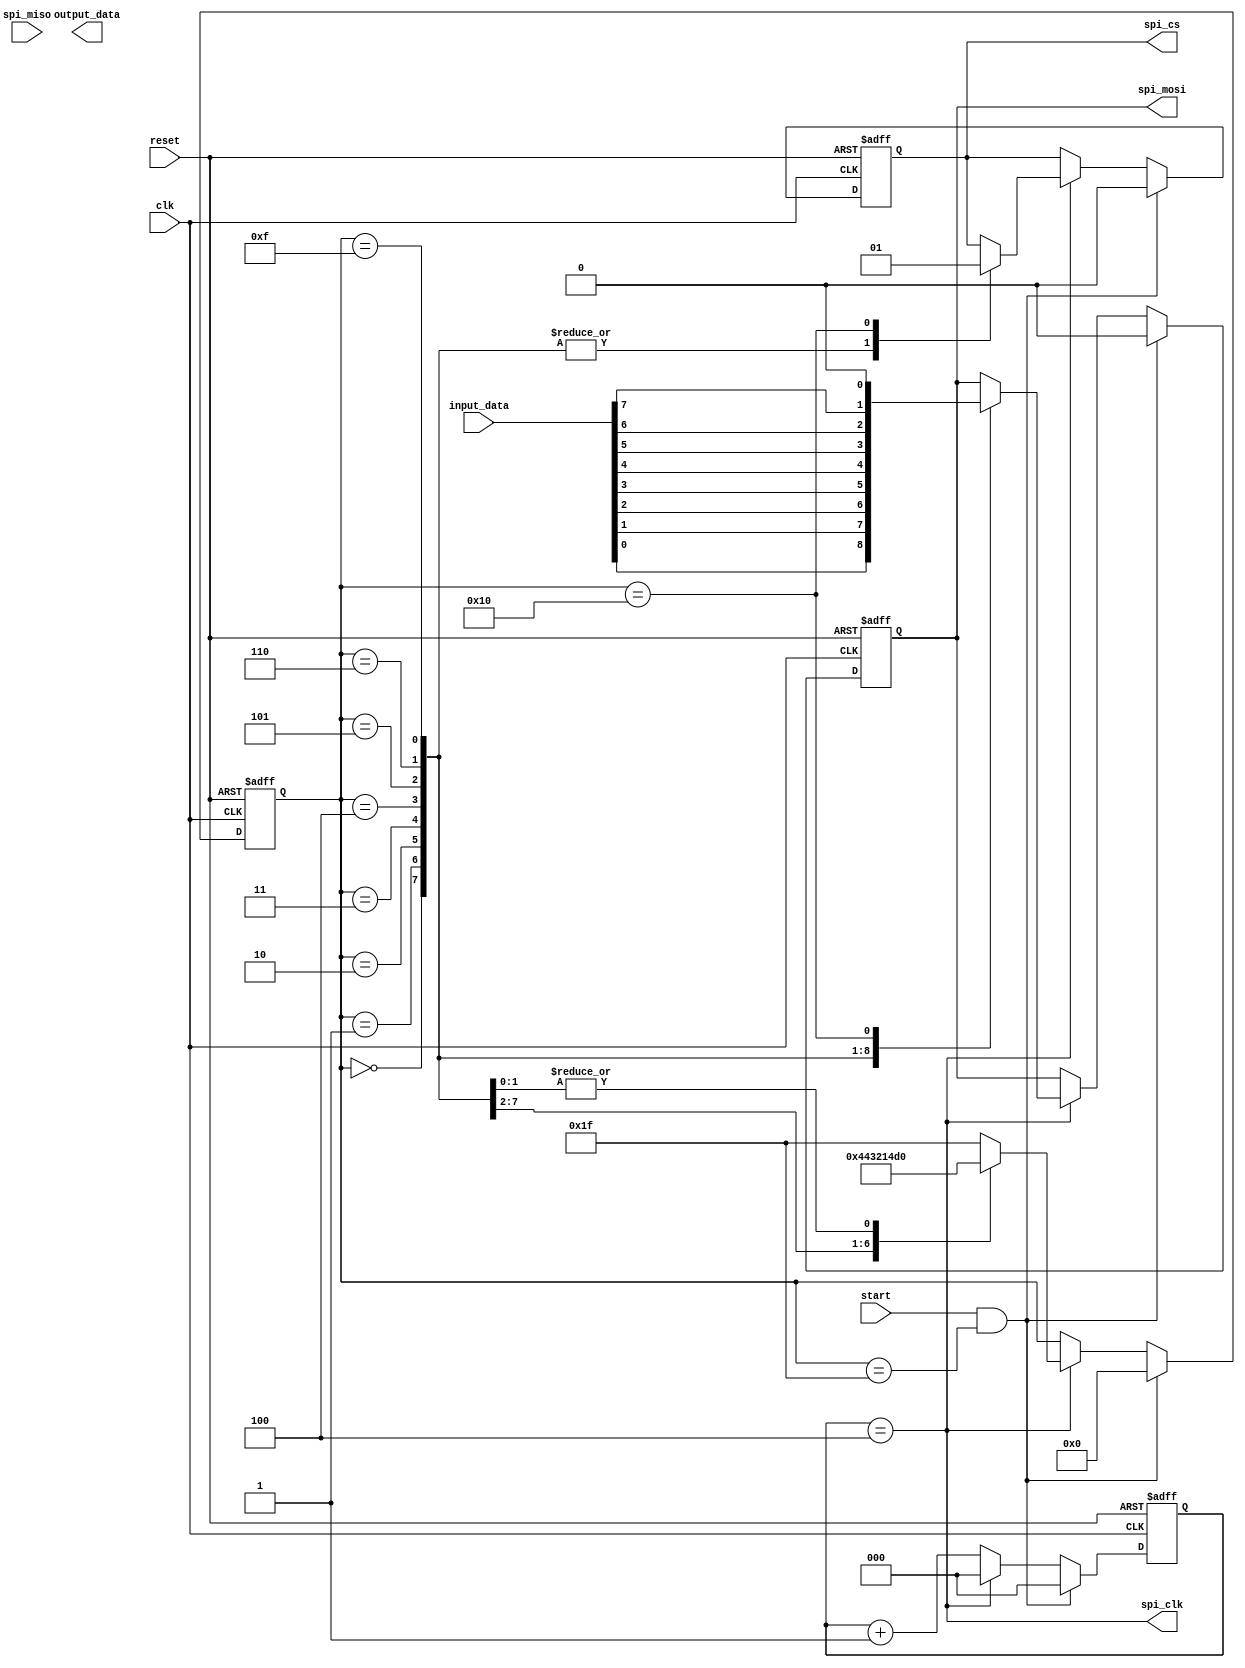

module SPIController(
	input wire clk,
	input wire reset,
	input wire start,
	input wire [7:0] input_data,
	input wire spi_miso,
	output wire spi_clk,
	output reg spi_cs,
	output reg spi_mosi,
	output reg [7:0] output_data
);

reg [4:0] state_num = 5'b11111;
reg [2:0] cnt = 3'b0;

wire bit_start = (cnt == 4);
wire wait_state = (state_num == 5'b11111);

assign spi_clk = bit_start;

always @(posedge clk or posedge reset) begin
	if (reset) begin
		cnt <= 1'b0;
	end
	else if (start && wait_state) begin
		cnt <= 1'b0;
	end
	else if (bit_start) begin
		cnt <= 1'b0;
	end
	else
		cnt <= cnt + 3'h1;
end

always @(posedge clk or posedge reset) begin
	if (reset) begin
		state_num <= 5'b11111;
		spi_cs <= 1'b1;
		spi_mosi <= 1'b0;
	end
	else if (start && wait_state) begin
		state_num <= 5'b00000;
		spi_cs <= 1'b0;
		spi_mosi <= 1'b0;
	end
	else if (bit_start) begin
		case (state_num)
		5'b00000: begin
			spi_cs <= 1'b0;
			spi_mosi <= input_data[0];
			state_num <= 5'b00001;
		end
		5'b00001: begin
			spi_cs <= 1'b0;
			spi_mosi <= input_data[1];
			state_num <= 5'b00010;
		end
		5'b00010: begin
			spi_cs <= 1'b0;
			spi_mosi <= input_data[2];
			state_num <= 5'b00011;
		end
		5'b00011: begin
			spi_cs <= 1'b0;
			spi_mosi <= input_data[3];
			state_num <= 5'b00100;
		end
		5'b00100: begin
			spi_cs <= 1'b0;
			spi_mosi <= input_data[4];
			state_num <= 5'b00101;
		end
		5'b00101: begin
			spi_cs <= 1'b0;
			spi_mosi <= input_data[5];
			state_num <= 5'b00110;
		end
		5'b00110: begin
			spi_cs <= 1'b0;
			spi_mosi <= input_data[6];
			state_num <= 5'b10000;
		end
		5'b01111: begin
			spi_cs <= 1'b0;
			spi_mosi <= input_data[7];
			state_num <= 5'b10000;
		end
		5'b10000: begin
			spi_cs <= 1'b1;
			spi_mosi <= 1'b0;
			state_num <= 5'b11111;
		end
		default: begin
			state_num <= 5'b11111;
		end
		endcase
	end
end

endmodule


module AccelerometerReceiver (
    input wire clk,
    input wire reset,
    input wire spi_cs,
    input wire spi_clk,
    input wire spi_miso,
    output reg spi_mosi,
    input wire [7:0] reg_address,
    input wire [7:0] reg_data,
    input wire reg_write,
    output reg [15:0] data,
    output reg data_valid
);

reg [3:0] bit_counter;
reg [15:0] shift_reg;
reg [7:0] config_reg_addr;
reg [7:0] config_reg_data;
reg config_reg_write;
reg [1:0] state;

localparam IDLE = 2'b00;
localparam WRITE_REG = 2'b01;
localparam READ_DATA = 2'b10;

always @(posedge clk or posedge reset) begin
    if (reset) begin
        bit_counter <= 0;
        shift_reg <= 0;
        data <= 0;
        data_valid <= 0;
        config_reg_write <= 0;
        state <= IDLE;
    end else begin
        case (state)
            IDLE: begin
                if (reg_write) begin
                    config_reg_addr <= reg_address;
                    config_reg_data <= reg_data;
                    config_reg_write <= 1;
                    state <= WRITE_REG;
                end else if (~spi_cs) begin
                    state <= READ_DATA;
                end
            end
            WRITE_REG: begin
                if (config_reg_write) begin
                    shift_reg <= {config_reg_addr, config_reg_data};
                    bit_counter <= 0;
                    config_reg_write <= 0;
                end else if (bit_counter < 16) begin
                    spi_mosi <= shift_reg[15 - bit_counter];
                    if (spi_clk) begin
                        bit_counter <= bit_counter + 4'b1;
                    end
                end else begin
                    state <= IDLE;
                end
            end
            READ_DATA: begin
                if (~spi_cs && spi_clk) begin
                    shift_reg <= {shift_reg[14:0], spi_miso};
                    bit_counter <= bit_counter + 4'b1;
                    if (bit_counter == 15) begin
                        data <= shift_reg;
                        data_valid <= 1;
                        state <= IDLE;
                    end
                end else begin
                    bit_counter <= 0;
                    data_valid <= 0;
                    state <= IDLE;
                end
            end
        endcase
    end
end

endmodule



/*module SPIController (
	input wire clk,
	input wire reset,
	input wire spi_miso,
	output reg spi_cs,
	output wire spi_clk,
	output reg [7:0] data,
	output reg data_valid
);

reg [2:0] bit_counter;
reg [7:0] shift_reg;

assign spi_clk = clk;

always @(posedge clk or posedge reset) begin
	if (reset) begin
		bit_counter <= 0;
		shift_reg <= 0;
		spi_cs <= 1;
		data <= 0;
		data_valid <= 0;
	end
	else begin
		if (!spi_cs) begin
			shift_reg <= {shift_reg[6:0], spi_miso};
			bit_counter <= bit_counter + 1;
			if (bit_counter == 7) begin
				data <= shift_reg;
				data_valid <= 1;
				spi_cs <= 1; 
			end
		end
		else begin
			spi_cs <= 0;
			bit_counter <= 0;
			data_valid <= 0;
		end
	end
end

endmodule
*/

/* 
 *  Iiaoeu i?eaia aaiiuo ii SPI iaienaiiay ChatGPT 4o, y aoiae ?aai?ay, e iia eae-oi ?aaioaao, 
 * ii y ?aoee iaienaou naie iiaoeu e eae ?aaioaao ii iia iii?aaeeinu aieuoa
 */
/*module SPIController (
    input wire clk,          // Aoiaiie neaiae oaeoiaiai neaiaea
    input wire reset,        // Neaiae na?ina
    input wire spi_cs,       // Neaiae auai?a ono?ienoaa ia SPI (?ei-naeaeo)
    input wire spi_clk,      // Neaiae oaeoiaiai neaiaea SPI
    input wire spi_miso,     // Aoiaiie neaiae aaiiuo io aao?eea ii SPI
    output reg [7:0] data,  // Auoiaiie ?aaeno? aey aaiiuo n aenaea?iiao?a
    output reg data_valid    // Oeaa iaee?ey aaeeaiuo aaiiuo
);

reg [2:0] bit_counter;       // N?ao?ee aeoia aey ionea?eaaiey eiee?anoaa i?eiyouo aeoia
reg [7:0] shift_reg;        // ?aaeno? naaeaa aey i?eaia aaiiuo ii SPI

always @(posedge clk or posedge reset) begin
    if (reset) begin
        bit_counter <= 0;
        shift_reg <= 0;
        data <= 0;
        data_valid <= 0;
    end 
    else begin
        if (~spi_cs) begin  // I?iaa?yai, ?oi ?ei-naeaeo aeoeaai (ieceee o?iaaiu)
            if (spi_clk) begin  // Ia ea?aii oaeoiaii o?iioa SPI
                shift_reg <= {shift_reg[6:0], spi_miso};  // Naaeaaai ?aaeno? e aiaaaeyai iiaue aeo
                bit_counter <= bit_counter + 1;
                if (bit_counter == 7) begin  // Eiaaa ana 16 aeo i?eiyou
                    data <= shift_reg;        // Iaiiaeyai auoiaiie ?aaeno? aaiiuo
                    data_valid <= 1;          // Onoaiaaeeaaai oeaa aaeeaiuo aaiiuo
                end
            end
        end 
        else begin
            bit_counter <= 0;  // Na?anuaaai n?ao?ee aeoia, anee ?ei-naeaeo ia aeoeaai
            data_valid <= 0;   // Na?anuaaai oeaa aaeeaiuo aaiiuo
        end
    end
end

endmodule
*/

/*
 *  ?aaeecaoey iiaoey i?eaia aaiiuo ii SPI i?e iiiiue eiia?iiai aaoiiaoa
 */
/*module SPIController(
    input wire clk,          // Aoiaiie neaiae oaeoiaiai neaiaea
    input wire reset,        // Neaiae na?ina
    input wire spi_cs,       // Neaiae auai?a ono?ienoaa ia SPI
    input wire spi_clk,      // Neaiae oaeoiaiai neaiaea SPI
    input wire spi_miso,     // Aoiaiie neaiae aaiiuo io aao?eea ii SPI
    output reg [7:0] data   // Auoiaiie ?aaeno? aey aaiiuo n aenaea?iiao?a
);

reg state;
reg [3:0] bit_counter;
reg [7:0] shift_reg;

always @(posedge clk or posedge reset) begin
    if (reset) begin
        state <= 4'b0000; // Na?ineou ninoiyiea
    end 
    else begin
        case(state)
            1'b0: begin // I?eaaiea aeoeaaoee ?ei-naeaeoa
                if (spi_cs == 1'b0) begin
                    state <= 1'b1; // Ia?aeoe e ?oaie? aaiiuo
                end
            end
            1'b1: begin // ?oaiea aaiiuo
                shift_reg <= {shift_reg[6:0], spi_miso}; // Nio?aieou i?eiyoua aaiiua
                if (bit_counter == 7) begin
					data <= shift_reg;
					state <= 1'b0; // Aa?ioouny a ninoiyiea i?eaaiey
					bit_counter <= 0;
				end
				else begin
					bit_counter <= bit_counter + 1;
				end
            end
            default: state <= 1'b0; // Aa?ioouny a ninoiyiea i?eaaiey a neo?aa iai?aaaeaaiiiai ninoiyiey
        endcase
    end
end

endmodule
*/